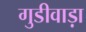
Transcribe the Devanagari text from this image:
गुडीवाड़ा